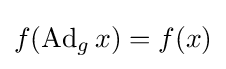
f(\operatorname {Ad} _{g}x)=f(x)